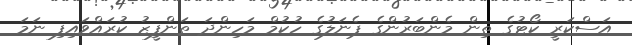
އަސްކަރީ ކޯޓުގެ ތިން މެންބަރުންގެ ޕެނަލުގެ ހުކުމް މަހިންދަ ތަންފީޒު ކުރައްވައިފި ނަމަ